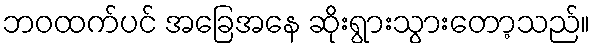
ဘဝထက်ပင် အခြေအနေ ဆိုးရွားသွားတော့သည်။